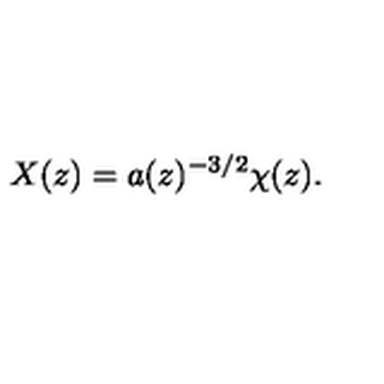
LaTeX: X ( z ) = a ( z ) ^ { - 3 / 2 } \chi ( z ) .